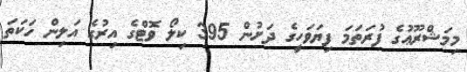
މިމަޝްރޫޢުގެ ފުރަތަމަ ފިޔަވަހީގެ ދަށުން 395 ކިލޯ ވޮޓްގެ އިރުގެ އަލިން ހަކަތަ